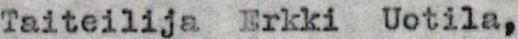
Taiteilija Erkki Uotila,